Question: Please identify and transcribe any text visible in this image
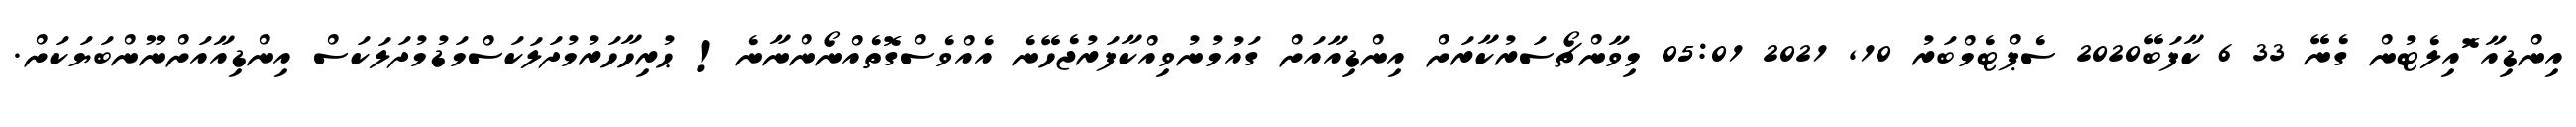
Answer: އިންޑިއާ ޮައިލެޓުން ގެނޭ 33 6 ކާފަބޭ2020 ސެޕްޓެމްބަރު 10, 2021 05:01 މިވާންޗޯސަރުކާރަށް އިންޑިއާއަށް ގައުމުނުވިއްކާފަރުޖެހޭނެ އެއްވެސްގޮތެއްނޯންނާނެ! ޙުރިހާހަރުމުދަލަކަސްމަޑުމުދަލަކަސް އިންޑިއާއަށްނޫންބަޔަކަށް.